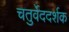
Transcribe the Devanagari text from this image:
चतुर्वेददर्शक